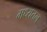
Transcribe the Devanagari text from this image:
मध्यतल